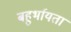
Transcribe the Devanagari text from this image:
बहुर्भायता